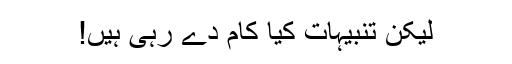
لیکن تنبیہات کیا کام دے رہی ہیں!